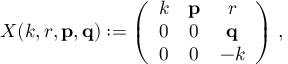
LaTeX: X ( k , r , { \bf p } , { \bf q } ) : = \left( \begin{array} { c c c } { { k } } & { { { \bf p } } } & { { r } } \\ { { 0 } } & { { 0 } } & { { { \bf q } } } \\ { { 0 } } & { { 0 } } & { { - k } } \end{array} \right) \, ,